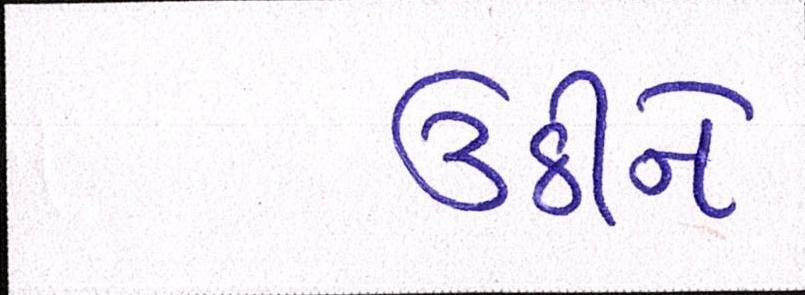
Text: ઉઠીને